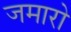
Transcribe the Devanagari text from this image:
जमारो